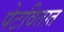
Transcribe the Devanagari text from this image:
पेटवितात